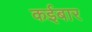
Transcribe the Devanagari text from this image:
कईबार